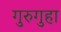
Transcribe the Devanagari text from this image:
गुरुगुहा